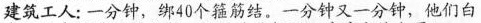
建筑工人：一分钟，绑40个箍筋结。一分钟又一分钟，他们白